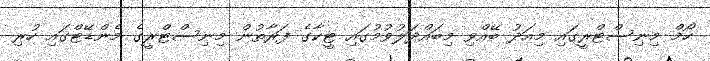
ހޯމް މިނިސްޓްރީގައި މިއަދު ބޭއްވި މިބައްދަލުވުމުގައި ޓީކާގެ ފަރާތުން މިނިސްޓްރީގެ މެންޑޭޓްގައި ހުރި